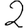
Digit: 2